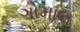
ગોમાલ